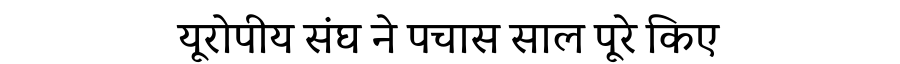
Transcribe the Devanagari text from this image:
यूरोपीय संघ ने पचास साल पूरे किए